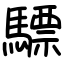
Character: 驃